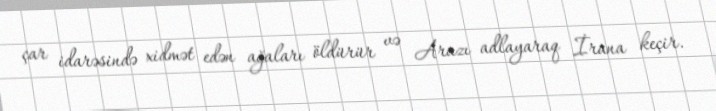
çar idarəsində xidmət edən ağaları öldürür və Arazı adlayaraq İrana keçir.